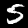
Label: 5